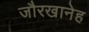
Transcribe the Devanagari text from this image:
जौरखानेह